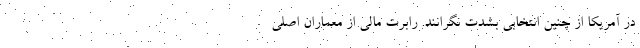
در آمریکا از چنین انتخابی بشدت نگرانند. رابرت مالی از معماران اصلی